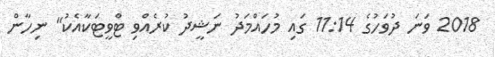
2018 ވަނަ ދުވަހުގެ 11:14 ގައި މުހައްމަދު ނަޝީދު ކުރެއްވި ޓްވީޓަކާއެކު" ނިހާން